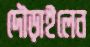
দৌড়াইলেন